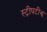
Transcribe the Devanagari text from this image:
स्ट्रीपटीझ